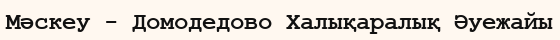
Мәскеу - Домодедово Халықаралық Әуежайы